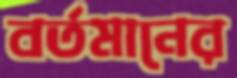
বর্তমানের